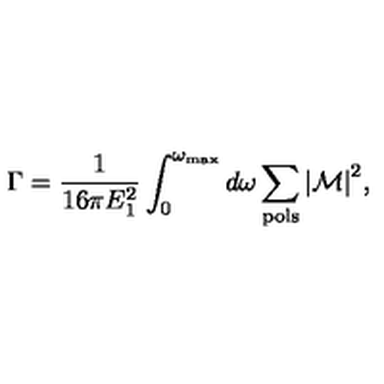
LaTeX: \Gamma = { \frac { 1 } { 1 6 \pi E _ { 1 } ^ { 2 } } } \int _ { 0 } ^ { \omega _ { \mathrm { m a x } } } d \omega \sum _ { \mathrm { p o l s } } { \vert { \cal M } \vert } ^ { 2 } ,